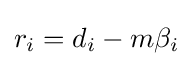
r_{i}=d_{i}-m\beta _{i}